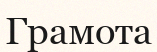
Грамота